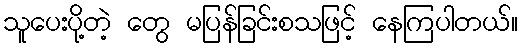
သူပေးပို့တဲ့ တွေ မပြန်ခြင်းစသဖြင့် နေကြပါတယ်။